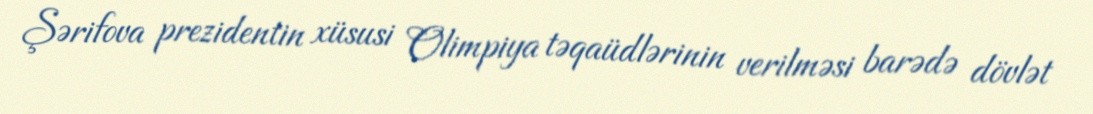
Şərifova prezidentin xüsusi Olimpiya təqaüdlərinin verilməsi barədə dövlət